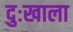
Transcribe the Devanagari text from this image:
दुःखाला